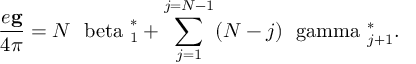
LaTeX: \frac { e { \bf g } } { 4 \pi } = N { \mathrm { \boldmath ~ \ b e t a ~ } } _ { 1 } ^ { * } + \sum _ { j = 1 } ^ { j = N - 1 } ( N - j ) { \mathrm { \boldmath ~ \ g a m m a ~ } } _ { j + 1 } ^ { * } .